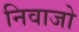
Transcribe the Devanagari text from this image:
निवाजो